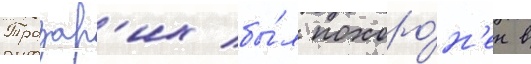
Тразар'их бы́л похоро́н'ен в